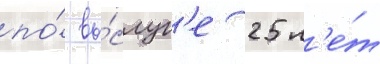
по́ вы́слуг'е 25 л'е́т